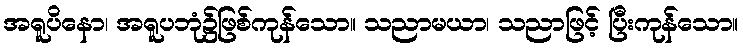
အရူပိနော၊ အရူပဘုံ၌ဖြစ်ကုန်သော။ သညာမယာ၊ သညာဖြင့် ပြီးကုန်သော။